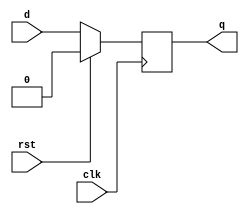
module d_ff(  input d,
              input clk, rst,
              output reg q);

//Active high synchronous D Flip Flop

  always @ (negedge clk) begin
    if (rst)
      q <= 1'b0;
    else
      q <= d;
  end
endmodule